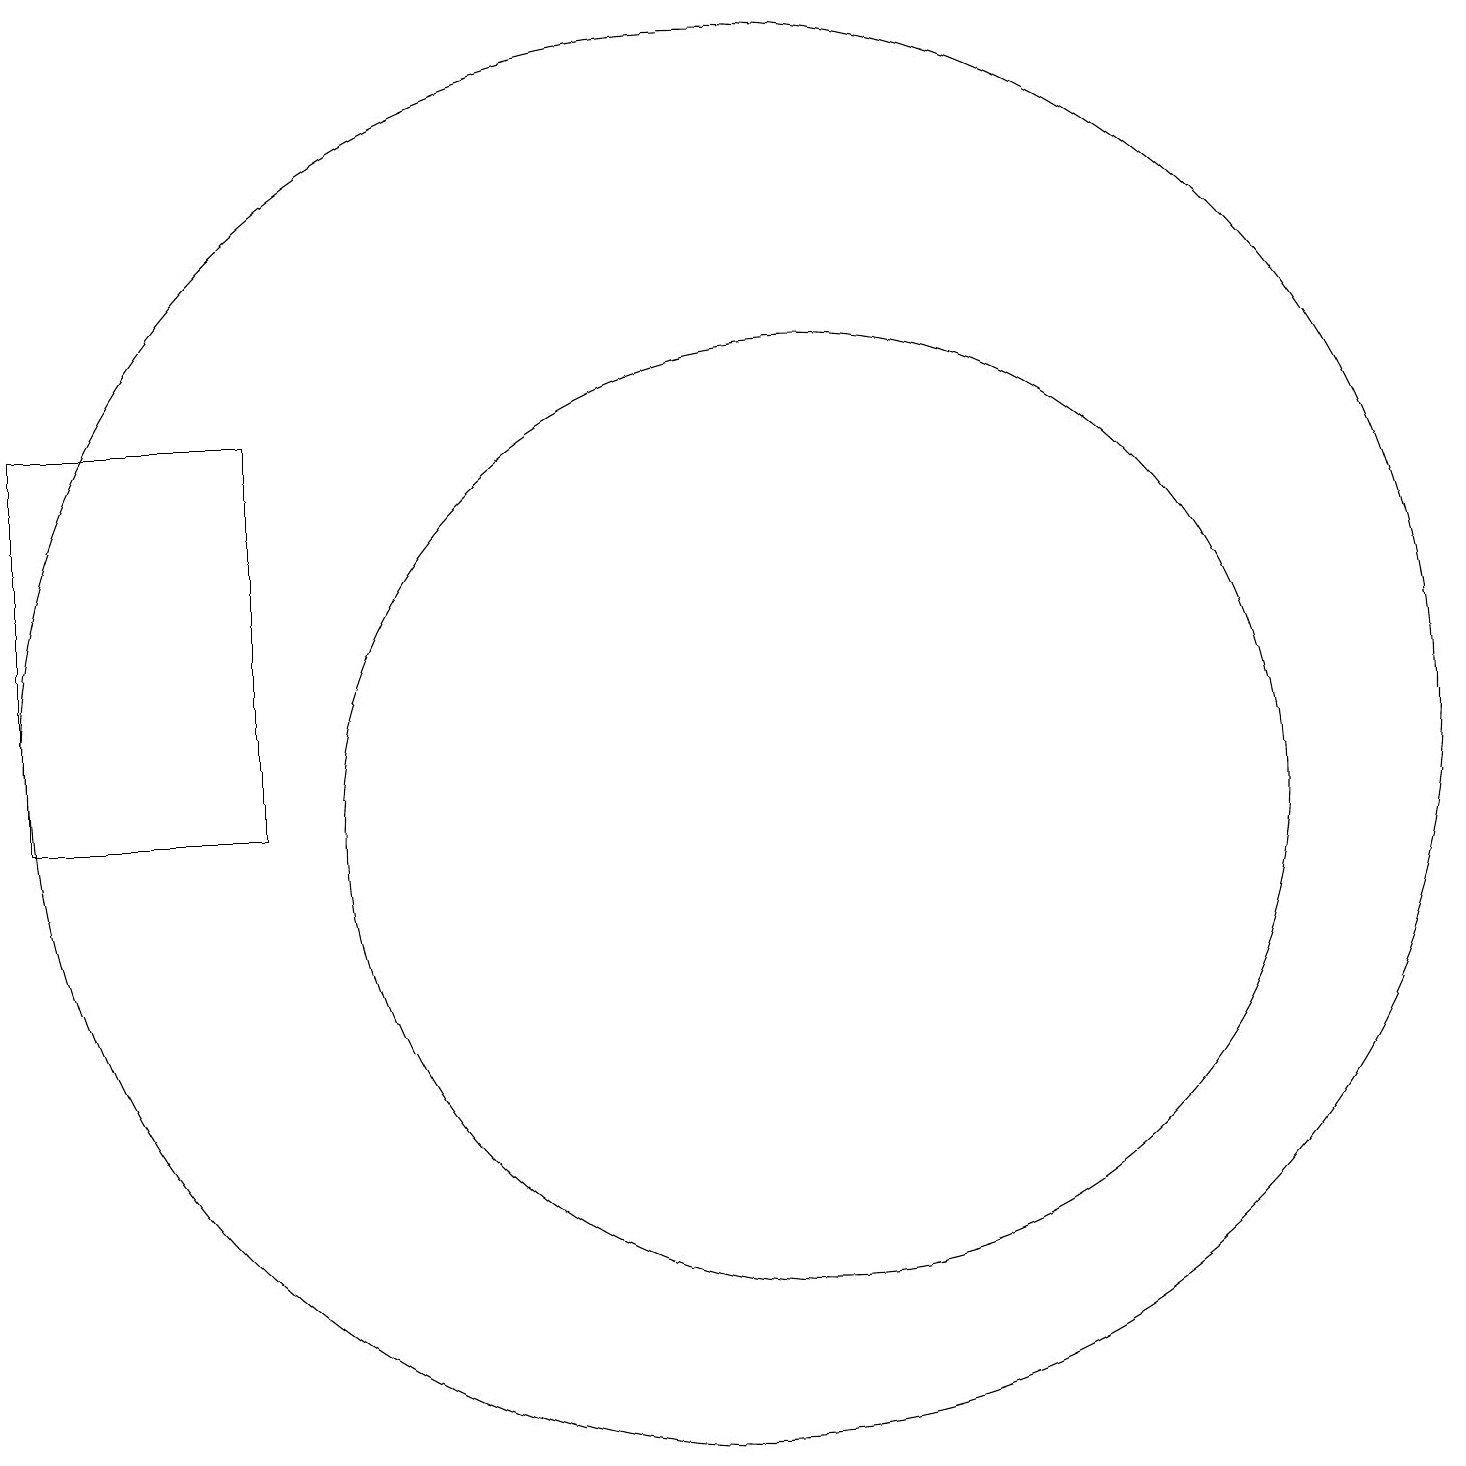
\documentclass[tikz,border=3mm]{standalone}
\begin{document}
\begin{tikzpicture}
\draw (10,11) circle (9);
\draw (11,10) circle (6);
\draw (1,15) rectangle (4,10);
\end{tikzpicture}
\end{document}